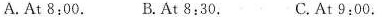
A. At 8:00. B. At 8:30. C. At 9:00.